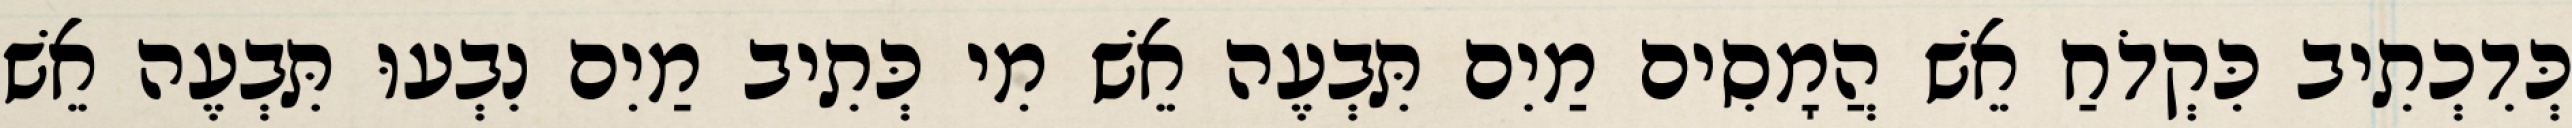
כְּדִכְתִיב כִּקְדֹחַ אֵשׁ הֲמָסִים מַיִם תִּבְעֶה אֵשׁ מִי כְּתִיב מַיִם נִבְעוּ תִּבְעֶה אֵשׁ